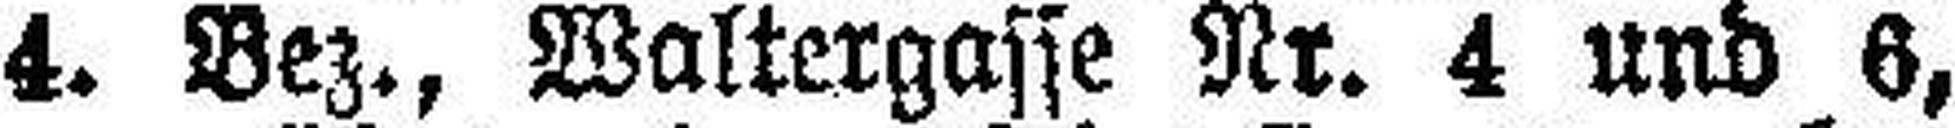
4. Bez., Waltergasse Nr. 4 und 6,